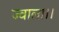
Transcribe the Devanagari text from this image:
ज्वाला।।